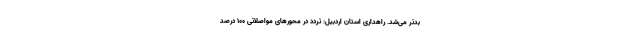
بدتر می‌شد. راهداری استان اردبیل: تردد در محور‌های مواصلاتی ۱۰۰ درصد